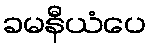
ခမနီယံပေ